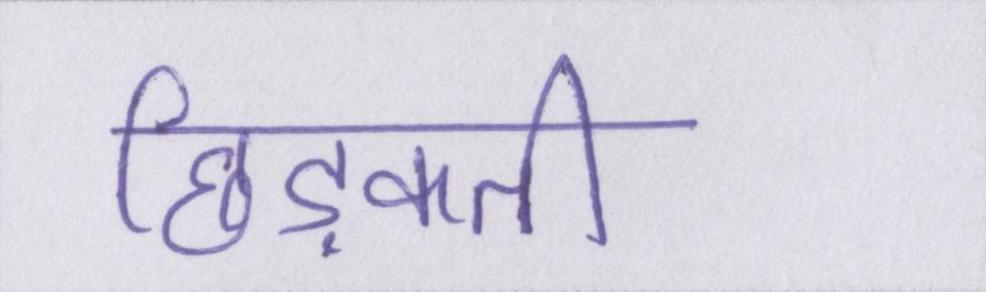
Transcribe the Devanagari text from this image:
छिड़कती